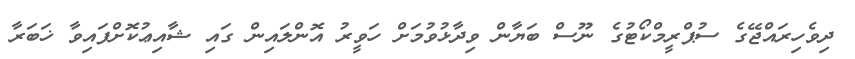
ދިވެހިރައްޖޭގެ ސުޕްރީމްކޯޓުގެ ނޫސް ބަޔާން ވިދާޅުވުމަށް ހަވީރު އޮންލައިން ގައި ޝާއިޢުކޮށްފައިވާ ޚަބަރާ